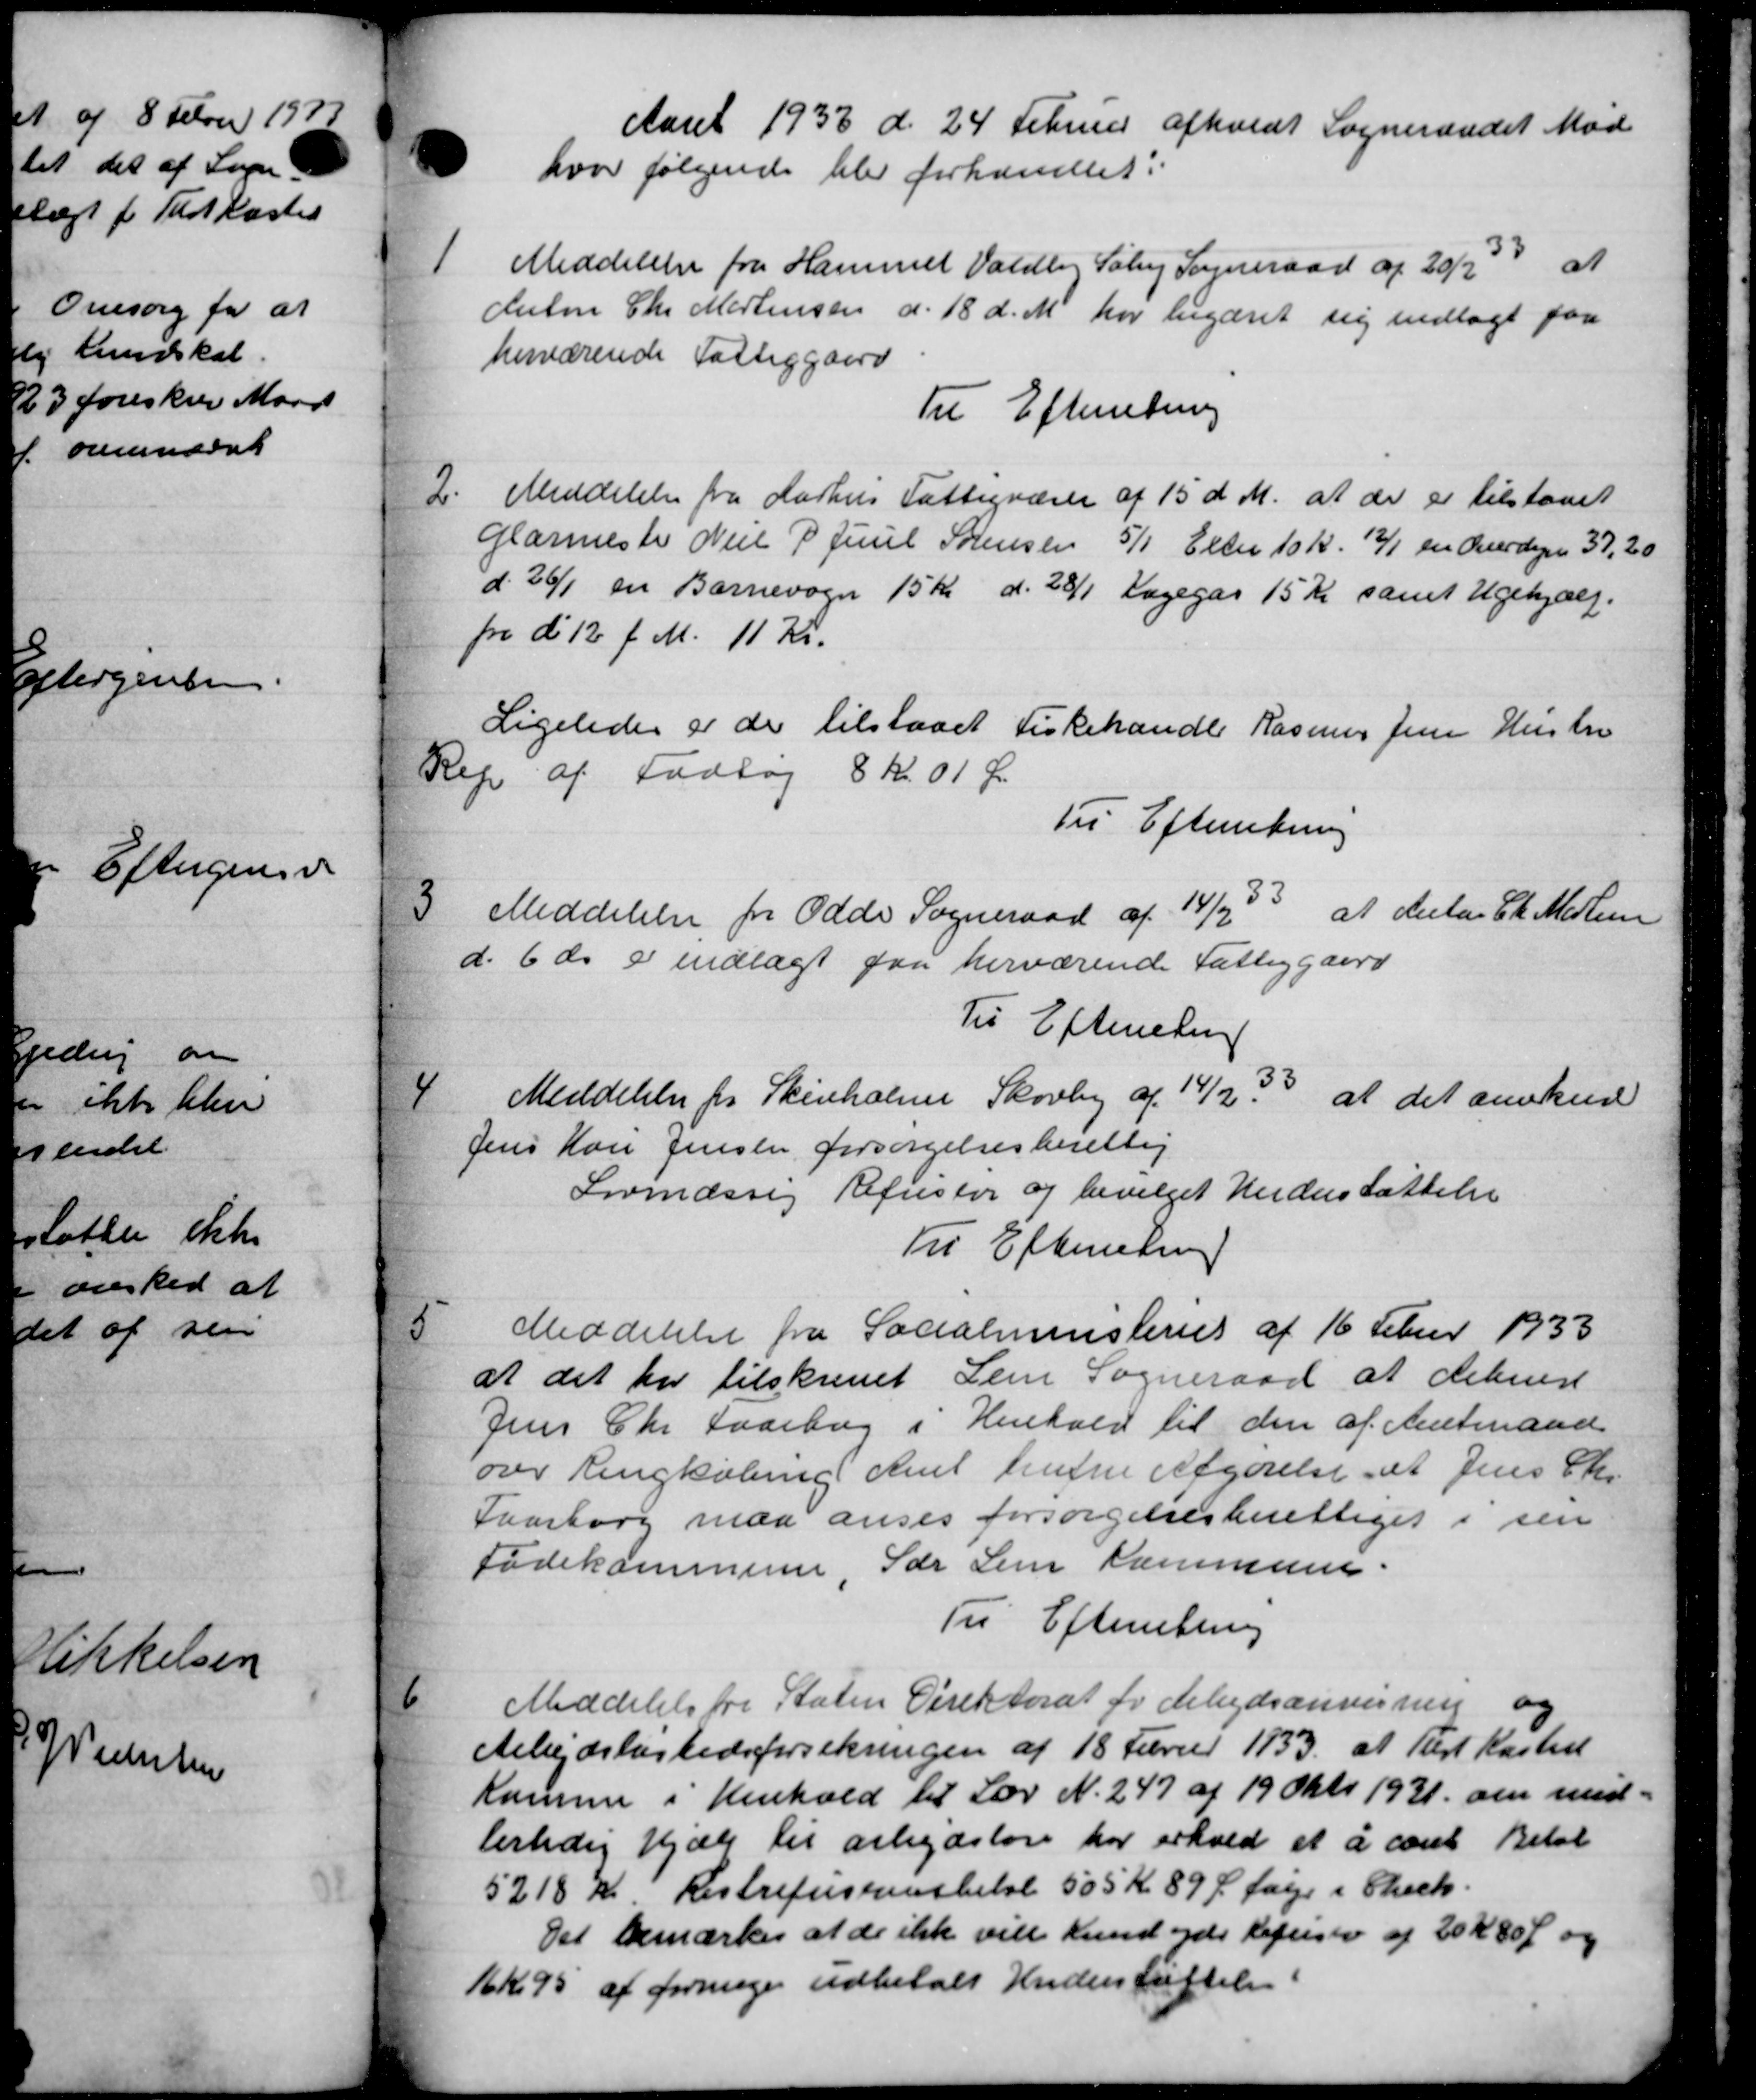
Transskription:
Aaret 1933 d. 24 Februar afholdt Sogneraadet Mød
hvor følgende blev forhandlet:
33 at
1
Meddelelse fra Hammel Valdby Søby Sogneraad af 20/2 3
dulm Chr. Mortensen d. 18 d. M. har begæret sig indlagt paa
herværende Fattiggaard
Til Efterretning
2.
Meddelelse fra Aarhus Fattigvæsen af 15 d. M. at der er tilstaaet
Glarmester Niel P. Juul Sørensen 5/1 Ellen 10 Kr. 12/1 en Overdagen 37,20
d. 26/1 en Barnevogn 15 Kr. d. 28/1 Lægegas 15 Kr samt Ugehjælp.
fra d 12 f. M. 11 Kr.
Ligeledes er de tilstaaet Fiskehandle Rasmus Jensen Hustru
Rep af Fodtøj 8 kr 01 Ør
Til Efterretning
at Anta Ch. Medlem
3
Meddelelse fra Odde Sogneraad af 14/9 33
d. 6 ds i indlagt paa herværende Fattiggaard
Til Efterretning
4
Meddelelse for Skivholme Skovby af 14/2 3 at det anerkend
Jens Han Jensen forsørgelsesberettig
Lovmæssig Refustor og bevilget Understøttelse
Til Efterretning
5
Meddelelse fra Socialministeriet af 16 Febr 1933
at det har tilskrevet Dem Sogneraad at dennest
Jens Chr. Faaborg i Henhold til den af Amtmand
over Ringkøbing Amt kunne Afgørelse af Jens Chr.
Saarborg maa anses forsørgelsesberettiget i sin
Fødekommune, Sær Sem Kommune.
Til Efterretning
6
Meddelelse fra Staten Direktorat for Arbejdsanvisning og
Arbejdsløshedsforsikringen af 18 Februar 1133 at læst Kasted
Komme i Henhold til Lov N. 247 af 19 Oktb 1931 om med-
lertidig Hjælp til arbejdsløse har erhold et å cart Beløb
5218 Kr. Restrefusionsbeløb 505 Kr 89 Ø fage i Check.
Det bemærkes at de ikke vill Lund og Refusion af 20 Kr 80 Ø og
16 Kr. 95 at forrige udbetalt Underskriftelsen